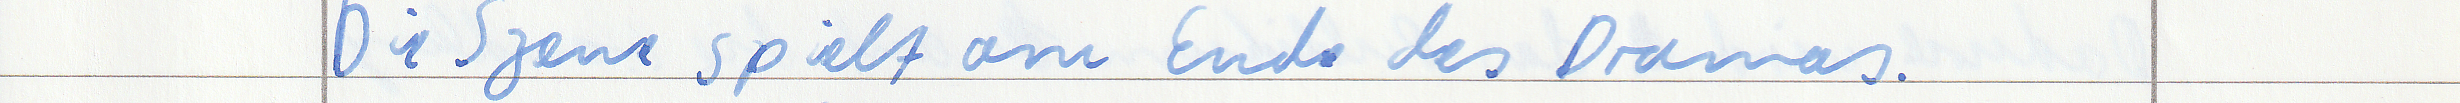
Die Szene spielt am Ende des Dramas.